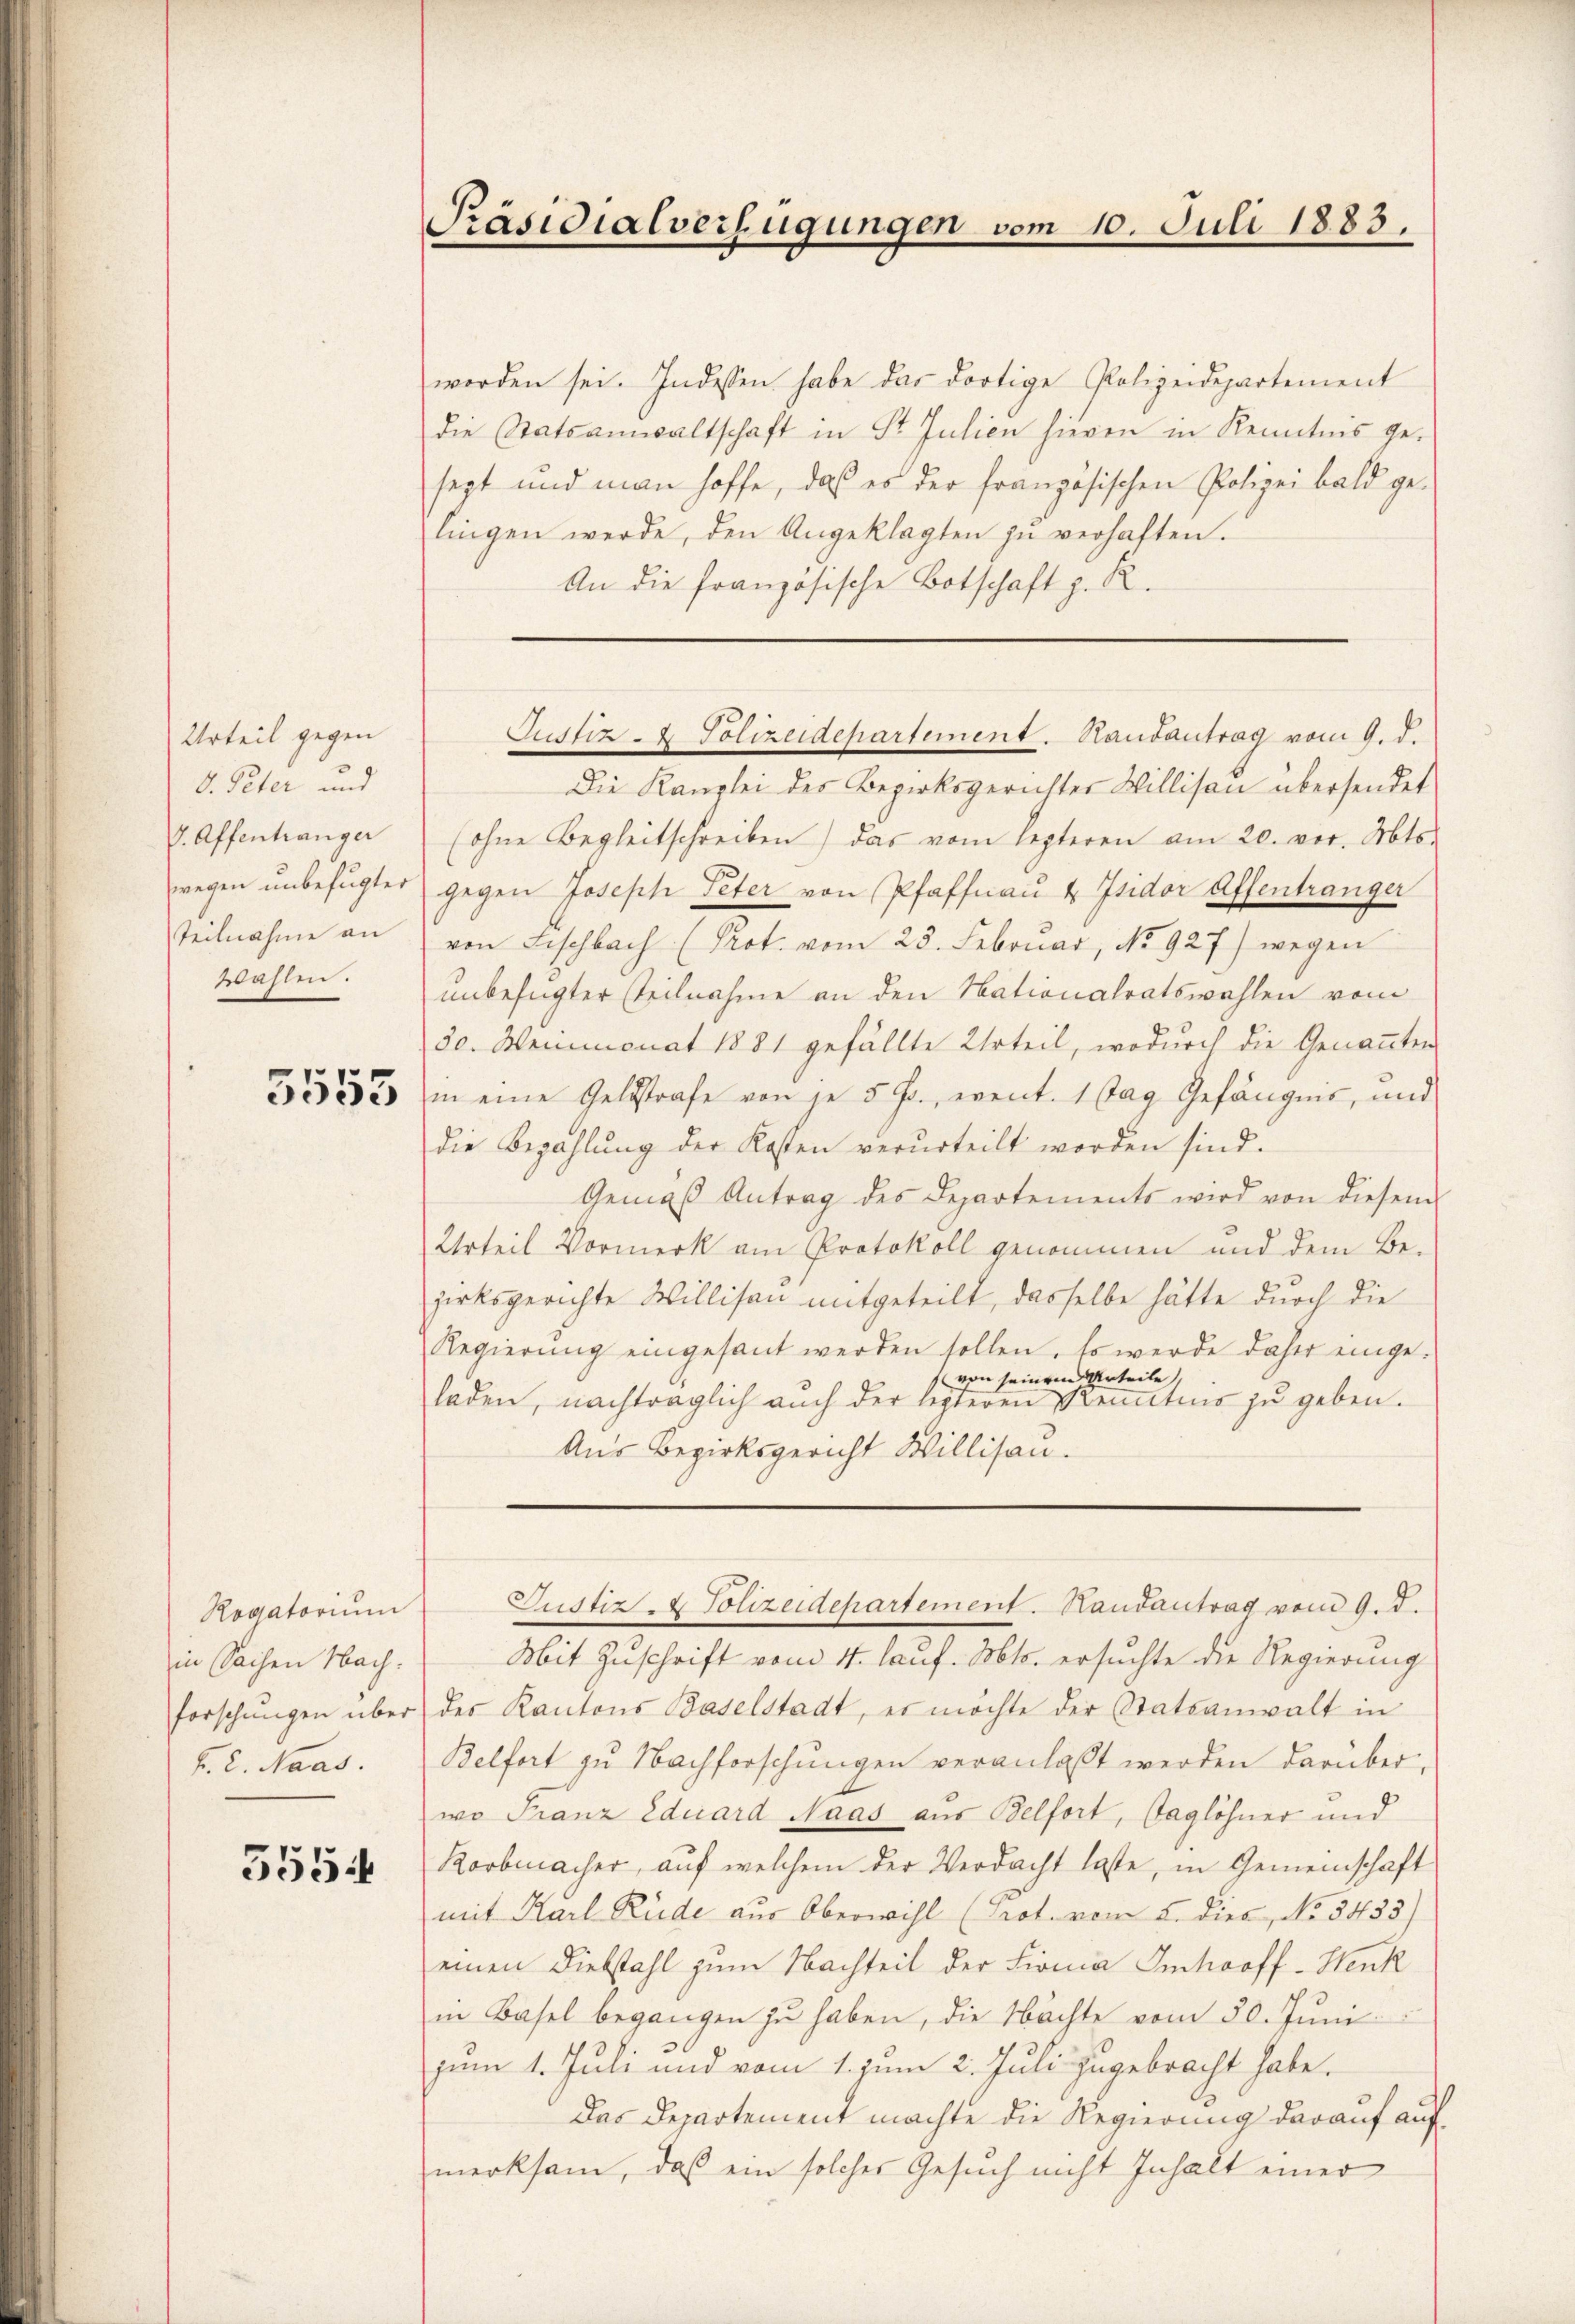
Urteil gegen
V. Peter und
V. Affentranger
wegen unbefugter
Teilnahme an
Wahlen.

5555

Rogatorium
in Sachen Nach
forschungen über
h. 2. Naas.

5554

Präsidialverfügungen

vom

10. Juli 1883.

worden sei. Indessen habe das dortige Polizeidepartement
die Statsanwaltschaft in St. Julien hieren in Kenntnis ge-
sezt und man hoffe, daß es der französischen Polizei bald ge-
lingen werde, den Angeklagten zŭ verhaften.
An die französische Botschaft z. R.
Die Kanzlei des Bezirksgerichter Willisau übersendet
(ohne Begleitschreiben) das vom lezteren am 20. vor. Mts.
gegen Joseph Peter von Pfaffnau & Isidor Affentranger
von Fischbach (Prot. vom 23. Februar, No 927) wegen
unbefugter Teilnahme an den Nationalratswahlen vom
de. Weinmonat 1881 gefällte Urteil, wodurch die Genannten
in eine Geldstrafe von je 5 Fr., event. 1 Tag Gefängnis, und
die Bezahlŭng der Kosten verurteilt worden sind.
Gemäß Antrag des Departements wird von diesem
Urteil Vormerk am Protokoll genommen und dem Bezirksgerichte Willisau mitgeteilt, dasselbe hätte durch die
Regierŭng eingesant werden sollen. Es werde daher einge-
von seinem Urteile,
laden, nachträglich auch der lezteren Kenntnis zŭ geben.
Aus Bezirksgericht Willisau.

Justiz- & Polizeidepartement. Staubantrag vom 9. d.

Justiz- & Polizeidepartement. Handantrag vom 9. d.

Mit Zuschrift vom 4. lauf. Mts. ersuchte die Regierung
des Kantons Baselstadt, es möchte der Statsanwalt in
Belfort zu Nachforschŭngen veranlaßt werden darüber,
wo Franz Eduard Naas aus Belfort, Taglöhner und
Korbmacher, auf welchem der Verdacht laste, in Gemeinschaft
mit Karl Rüde aus Oberwill (Prot. vom 5. dies, No. 3433)
einen Diebstahl zum Nachteil der Firma Imhooff-Henk
in Basel begangen zŭ haben, die Nachte vom 30. Jŭni
zum 1. Juli und vom 1. zum 2. Juli zugebracht habe.
Das Departement machte die Regierung darauf auf
merksam, daß ein solches Gesuch nicht Inhalt einer